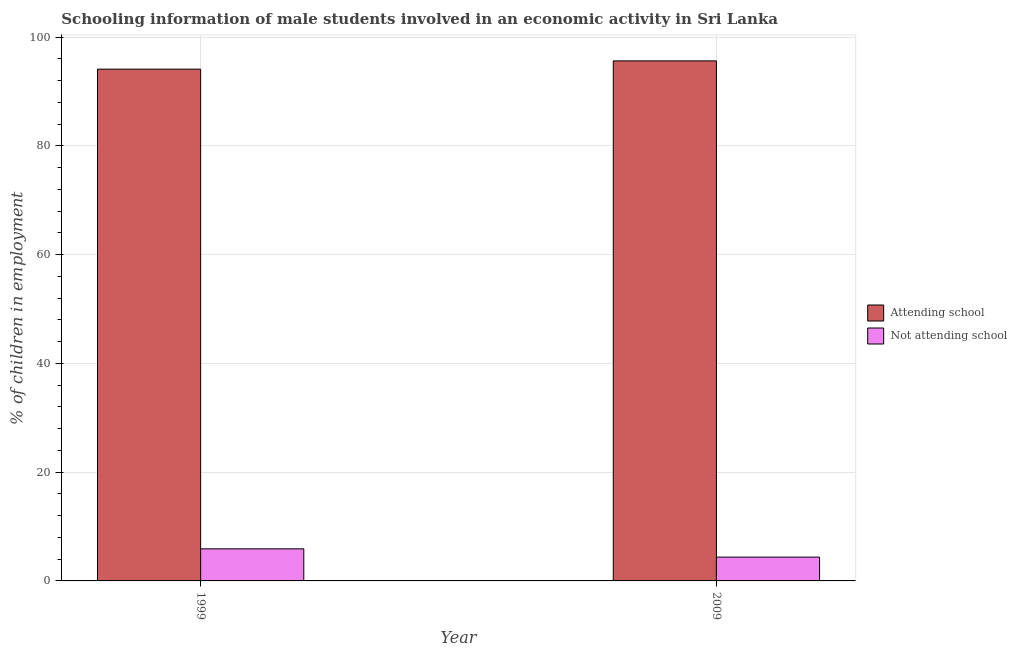
| Year | Attending school | Not attending school |
 | --- | --- | --- |
 | 1999 | 94.1 | 5.9 |
 | 2009 | 95.6 | 4.38 |